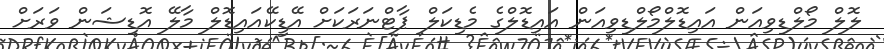
ލޮލް މޯލްޑިވިއަން އައިޑޮލްމޯލްޑިވިއަން އައިޑޮލްގެ މެޑިކަލް ޕާޓްނަރަކަށް އޭޑީކޭއައިޑޮލް މާލޭ އޮޑިޝަން ވަރަށް